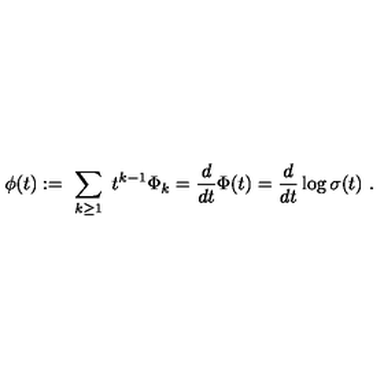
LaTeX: \phi ( t ) : = \ \sum _ { k \ge 1 } \ t ^ { k - 1 } \Phi _ { k } = { \frac { d } { d t } } \Phi ( t ) = { \frac { d } { d t } } \log \sigma ( t ) \ .